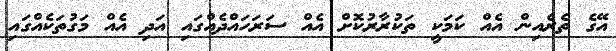
އޭގެ ތެރެއިން އެއް ކަމަކީ ތަކުރާރުކޮށް އެއް ސަރަހައްދެއްގައި އަދި އެއް މަގުތަކެއްގައި